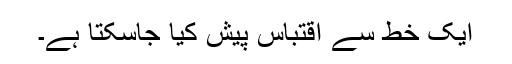
ایک خط سے اقتباس پیش کیا جاسکتا ہے۔